Calcutta medical institutions reports 1879-81 [i.e.91]
Year: 1879
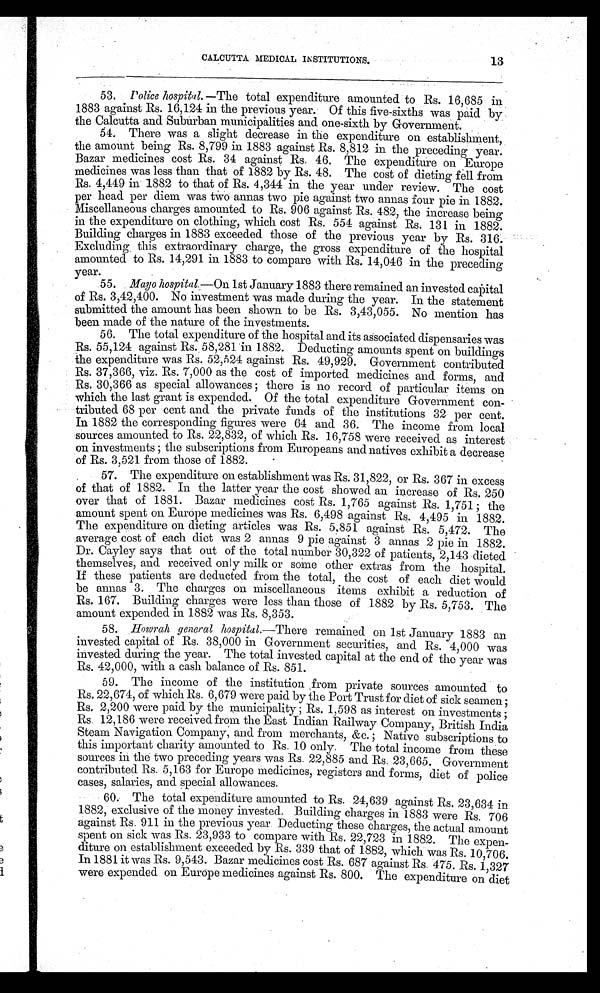
CALCUTTA MEDICAL INSTITUTIONS.
13
53.
Police hospital.—The total expenditure amounted to Rs. 16,685 in
1883 against Rs. 16,124 in the previous year. Of this five-sixths was paid by
the Calcutta and Suburban municipalities and one-sixth by Government.
54. There was a slight decrease in the expenditure on establishment,
the amount being Rs. 8,799 in 1883 against Rs. 8,812 in the preceding year.
Bazar medicines cost Rs. 34 against Rs. 46. The expenditure on Europe
medicines was less than that of 1882 by Rs. 48. The cost of dieting fell from
Rs. 4,449 in 1882 to that of Rs. 4,344 in the year under review. The cost
per head per diem was two annas two pie against two annas four pie in 1882.
Miscellaneous charges amounted to Rs. 906 against Rs. 482, the increase being
in the expenditure on clothing, which cost Rs. 554 against Rs. 131 in 1882.
Building charges in 1883 exceeded those of the previous year by Rs. 316.
Excluding this extraordinary charge, the gross expenditure of the hospital
amounted to Rs. 14,291 in 1883 to compare with Rs. 14,046 in the preceding
year.
55.
Mayo hospital.—On 1st January 1883 there remained an invested capital
of Rs. 3,42,400. No investment was made during the year. In the statement
submitted the amount has been shown to be Rs. 3,43,055. No mention has
been made of the nature of the investments.
56. The total expenditure of the hospital and its associated dispensaries was
Rs. 55,124 against Rs. 58,281 in 1882. Deducting amounts spent on buildings
the expenditure was Rs. 52,524 against Rs. 49,929. Government contributed
Rs. 37,366, viz. Rs. 7,000 as the cost of imported medicines and forms, and
Rs. 30,366 as special allowances ; there is no record of particular items on
which the last grant is expended. Of the total expenditure Government con-
tributed 68 per cent and the private funds of the institutions 32 per cent.
In 1882 the corresponding figures were 64 and 36. The income from local
sources amounted to Rs. 22,832, of which Rs. 16,758 were received as interest
on investments the subscriptions from Europeans and natives exhibit a decrease
of Rs. 3,521 from those of 1882.
57. The expenditure on establishment was Rs. 31,822, or Rs. 367 in excess
of that of 1882. In the latter year the cost showed an increase of Rs. 250
over that of 1881. Bazar medicines cost Rs. 1,765 against Rs. 1,751 ; the
amount spent on Europe medicines was Rs. 6,498 against Rs. 4,495 in 1882.
The expenditure on dieting articles was Rs. 5,851 against Rs. 5,472. The
average cost of each diet was 2 annas 9 pie against 3 annas 2 pie in 1882.
Dr. Cayley says that out of the total number 30,322 of patients, 2,143 dieted
themselves, and received only milk or some other extras from the hospital.
If these patients are deducted from the total, the cost of each diet would
be annas 3. The charges on miscellaneous items exhibit a reduction of
Rs. 167. Building charges were less than those of 1882 by Rs. 5,753. The
amount expended in 1882 was Rs. 8,353.
58.
Howrah general hospital.—There remained on 1st January 1883 an
invested capital of Rs. 38,000 in Government securities, and Rs. 4,000 was
invested during the year. The total invested capital at the end of the year was
Rs. 42,000, with a cash balance of Rs. 851.
59. The income of the institution from private sources amounted to
Rs. 22,674, of which Rs. 6,679 were paid by the Port Trust for diet of sick seamen ;
Rs. 2,200 were paid by the municipality ; Rs. 1,598 as interest on investments ;
Rs. 12,186 were received from the East Indian Railway Company, British India
Steam Navigation Company, and from merchants, &c.; Native subscriptions to
this important charity amounted to Rs. 10 only. The total income from these
sources in the two preceding years was Rs. 22,885 and Rs. 23,665. Government
contributed Rs. 5,163 for Europe medicines, registers and forms, diet of police
cases, salaries, and special allowances.
60. The total expenditure amounted to Rs. 24,639 against Rs. 23,634
in 1882, exclusive of the money invested. Building charges in 1883 were Rs. 706
against Rs. 911 in the previous year. Deducting these charges, the actual amount
spent on sick was Rs. 23,933 to compare with Rs. 22,723 in 1882. The expen-
p
diture on establishment exceeded by Rs. 339 that of 1882, which was Rs. 10,706.
In 1881 it was Rs. 9,543. Bazar medicines cost Rs. 687 against Rs 475. Rs. 1,327
were expended on Europe medicines against Rs. 800. The expenditure on diet